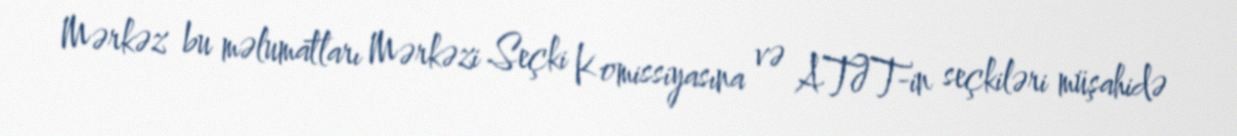
Mərkəz bu məlumatları Mərkəzi Seçki Komissiyasına və ATƏT-in seçkiləri müşahidə